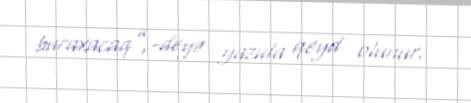
buraxacaq”,-deyə yazıda qeyd olunur.